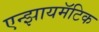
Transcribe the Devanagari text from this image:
एन्झायमॅटिक